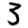
Digit: 3